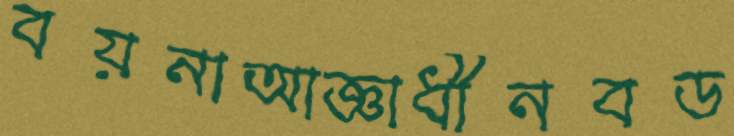
বয়নাআজ্ঞাধীনবড